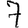
Digit: 7